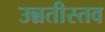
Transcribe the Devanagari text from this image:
उन्नतीस्तव